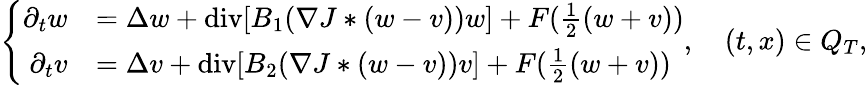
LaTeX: \left\lbrace\begin{array}{rl}{\partial_{t}w}&{=\Delta w+\mathrm{div}[B_{1}(\nabla J*(w-v))w]+F(\frac{1}{2}(w+v))}\\ {\partial_{t}v}&{=\Delta v+\mathrm{div}[B_{2}(\nabla J*(w-v))v]+F(\frac{1}{2}(w+v))}\end{array}\right.,\quad(t,x)\in Q_{T},